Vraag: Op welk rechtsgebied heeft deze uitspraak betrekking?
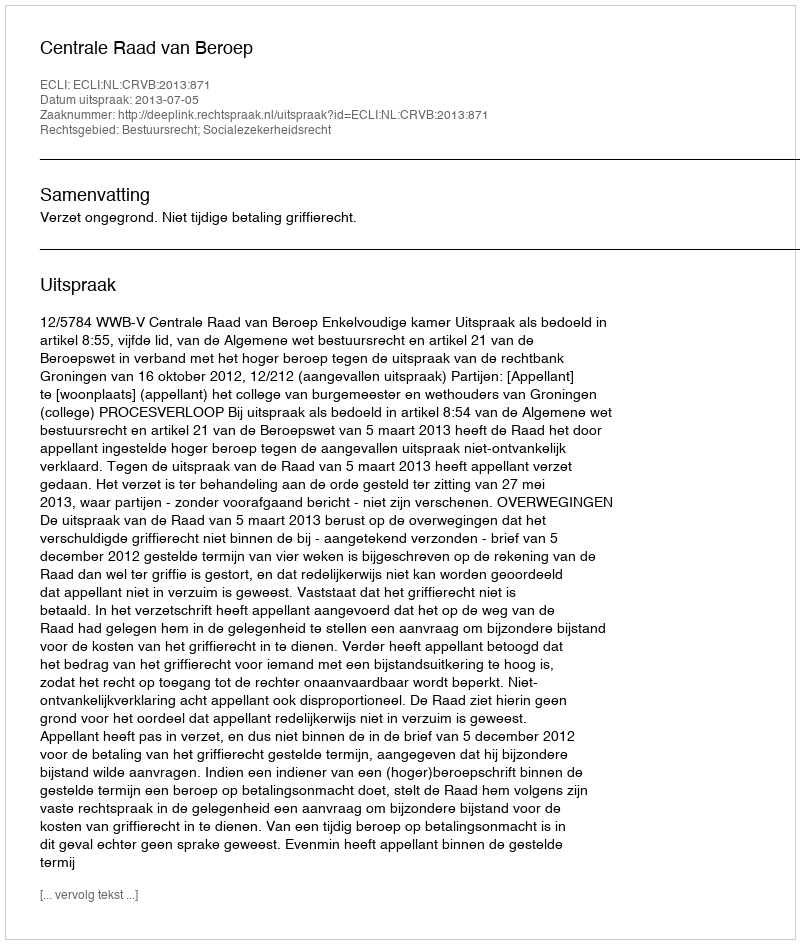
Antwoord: Bestuursrecht; Socialezekerheidsrecht